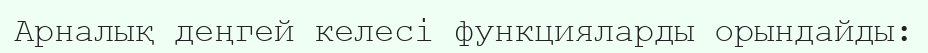
Арналық деңгей келесі функцияларды орындайды: